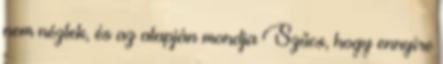
nem néztek, és az alapján mondja Szűcs, hogy ennyire